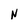
Character: N